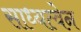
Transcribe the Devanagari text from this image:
साध्यत्वेन